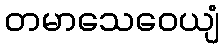
တမာသေဝေယျံ